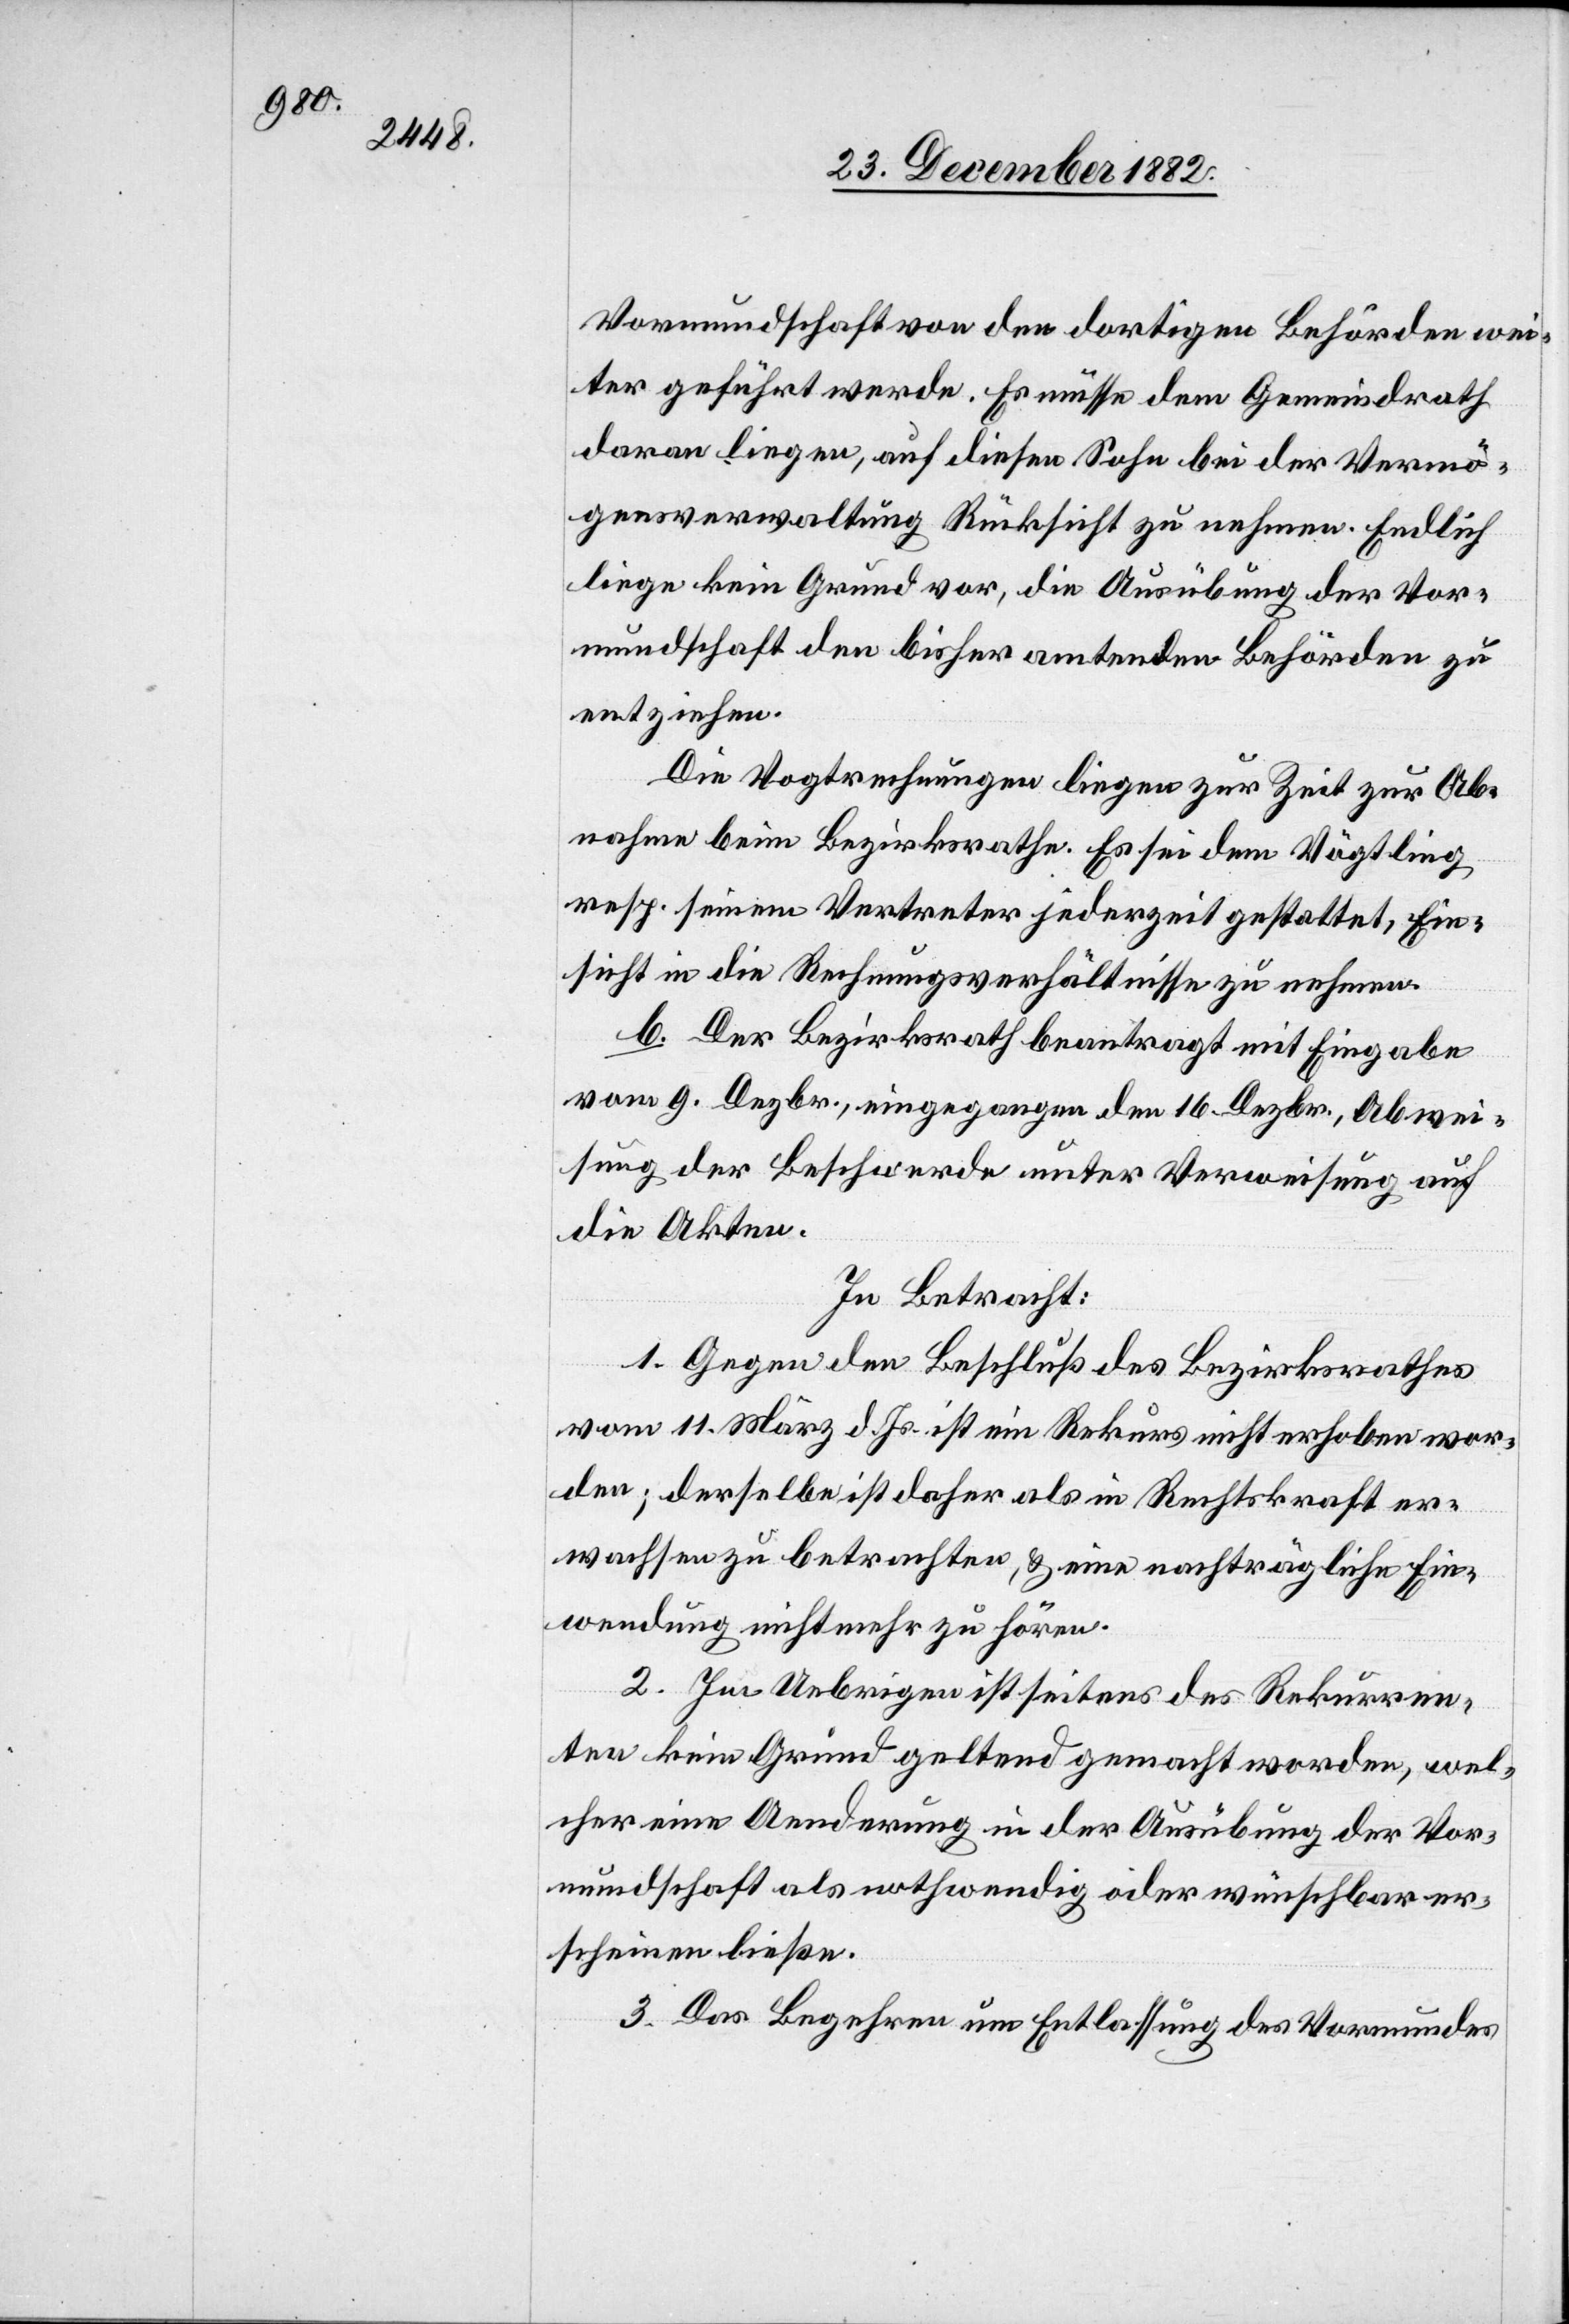
Vormundschaft von den dortigen Behörden wei¬
ter geführt werde. Es müsse dem Gemeindrath
daran liegen, auf diesen Sohn bei der Vermö¬
gensverwaltung Rücksicht zu nehmen. Endlich
liege kein Grund vor, die Ausübung der Vor¬
mundschaft den bisher amtenden Behörden zu
entziehen.
Die Vogtrechnungen liegen zur Zeit zur Ab¬
nahme beim Bezirksrathe. Es sei dem Vögtling
resp. seinem Vertreter jederzeit gestattet, Ein¬
sicht in die Rechnungsverhältnisse zu nehmen.
b. Der Bezirksrath beantragt mit Eingabe
vom 9. Dezbr., eingegangen den 16. Dezbr., Abwei¬
sung der Beschwerde unter Verweisung auf
die Akten.
In Betracht:
1. Gegen den Beschluß des Bezirksrathes
vom 11. März d. Js. ist ein Rekurs nicht erhoben wor¬
den; derselbe ist daher als in Rechtskraft er¬
Vor¬
wachsen zu betrachten, & eine nachträgliche Ein¬
wendung nicht mehr zu hören.
2. Im Uebrigen ist seitens des Rekurren¬
ten kein Grund geltend gemacht worden, wel¬
mundschaft als nothwendig oder wünschbar er¬
scheinen ließe.
3. Das Begehren um Entlassung des Vormundes